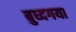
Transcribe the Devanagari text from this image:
बुध्दगया